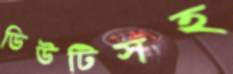
ডিউটিসহ